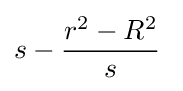
s-{\frac {r^{2}-R^{2}}{s}}\